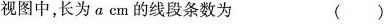
视图中，长为acm的线段条数为 ( )